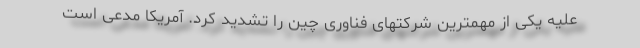
علیه یکی از مهمترین شرکتهای فناوری چین را تشدید کرد. آمریکا مدعی است